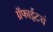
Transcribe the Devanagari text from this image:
ग्रॅफाईटचं